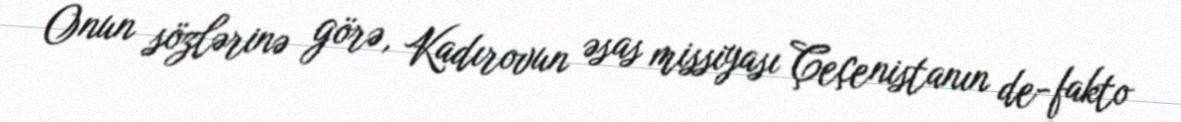
Onun sözlərinə görə, Kadırovun əsas missiyası Çeçenistanın de-fakto